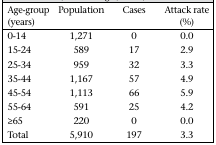
<table><thead><tr><td><b>Age-group (years)</b></td><td><b>Population</b></td><td><b>Cases</b></td><td><b>Attack rate (%)</b></td></tr></thead><tbody><tr><td>0-14</td><td>1,271</td><td>0</td><td>0.0</td></tr><tr><td>15-24</td><td>589</td><td>17</td><td>2.9</td></tr><tr><td>25-34</td><td>959</td><td>32</td><td>3.3</td></tr><tr><td>35-44</td><td>1,167</td><td>57</td><td>4.9</td></tr><tr><td>45-54</td><td>1,113</td><td>66</td><td>5.9</td></tr><tr><td>55-64</td><td>591</td><td>25</td><td>4.2</td></tr><tr><td>≥65</td><td>220</td><td>0</td><td>0.0</td></tr><tr><td>Total</td><td>5,910</td><td>197</td><td>3.3</td></tr></tbody></table>